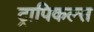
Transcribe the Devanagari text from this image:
ट्रापिकल्स